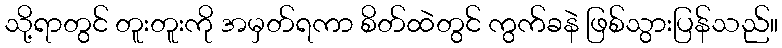
သို့ရာတွင် တူးတူးကို အမှတ်ရကာ စိတ်ထဲတွင် ကွက်ခနဲ ဖြစ်သွားပြန်သည်။